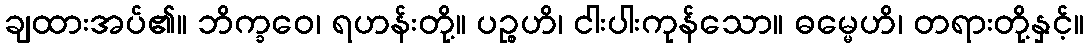
ချထားအပ်၏။ ဘိက္ခဝေ၊ ရဟန်းတို့။ ပဉ္စဟိ၊ ငါးပါးကုန်သော။ ဓမ္မေဟိ၊ တရားတို့နှင့်။